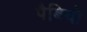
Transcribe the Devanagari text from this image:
पैबियो